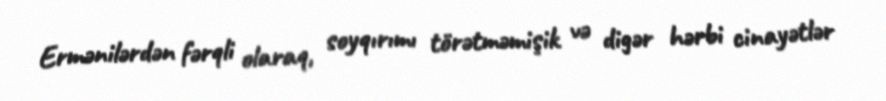
Ermənilərdən fərqli olaraq, soyqırımı törətməmişik və digər hərbi cinayətlər